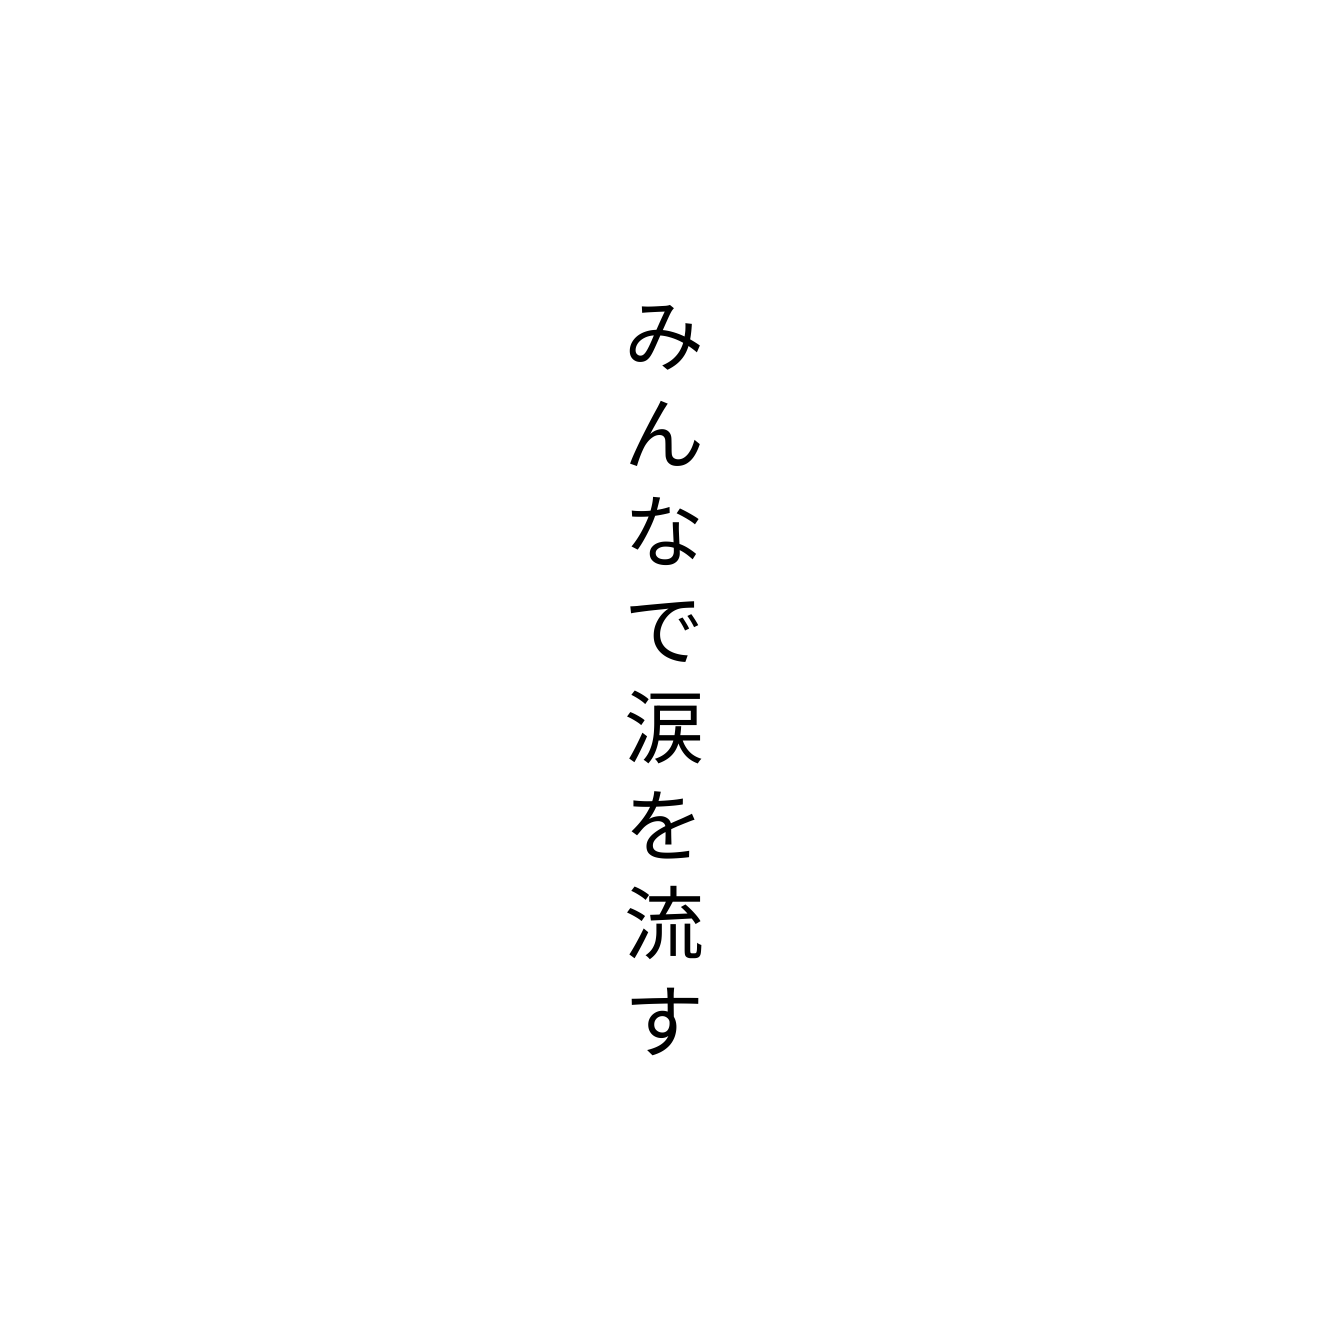
みんなで涙を流す